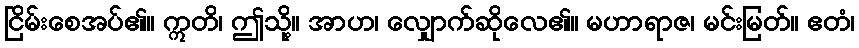
ငြိမ်းစေအပ်၏။ ဣတိ၊ ဤသို့။ အာဟ၊ လျှောက်ဆိုလေ၏။ မဟာရာဇ၊ မင်းမြတ်။ ဧတံ၊